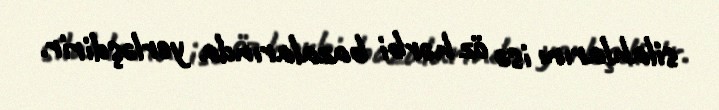
silahlarını isə öz hərbi bazalarında yerləşdirir.